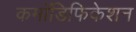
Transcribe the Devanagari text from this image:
कमॉडिफिकेशन